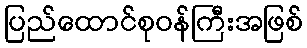
ပြည်ထောင်စုဝန်ကြီးအဖြစ်